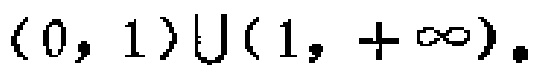
$(0,1)\cup(1,+\infty)$